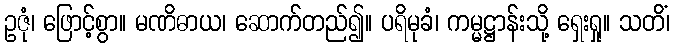
ဥဇုံ၊ ဖြောင့်စွာ။ မဏိဓာယ၊ ဆောက်တည်၍။ ပရိမုခံ၊ ကမ္မဋ္ဌာန်းသို့ ရှေးရှု။ သတိံ၊